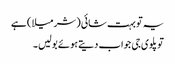
یہ تو بہت شائی ( شرمیلا ) ہے
تو پلوی جی جواب دیتے ہوئے بولیں ۔